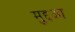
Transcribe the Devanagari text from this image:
मुद्दआ